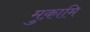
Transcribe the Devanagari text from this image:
मुक़ामि